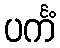
ပင်္ကံ